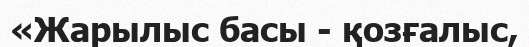
«Жарылыс басы - қозғалыс,